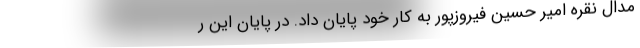
مدال نقره امیر حسین فیروزپور به کار خود پایان داد. در پایان این ر